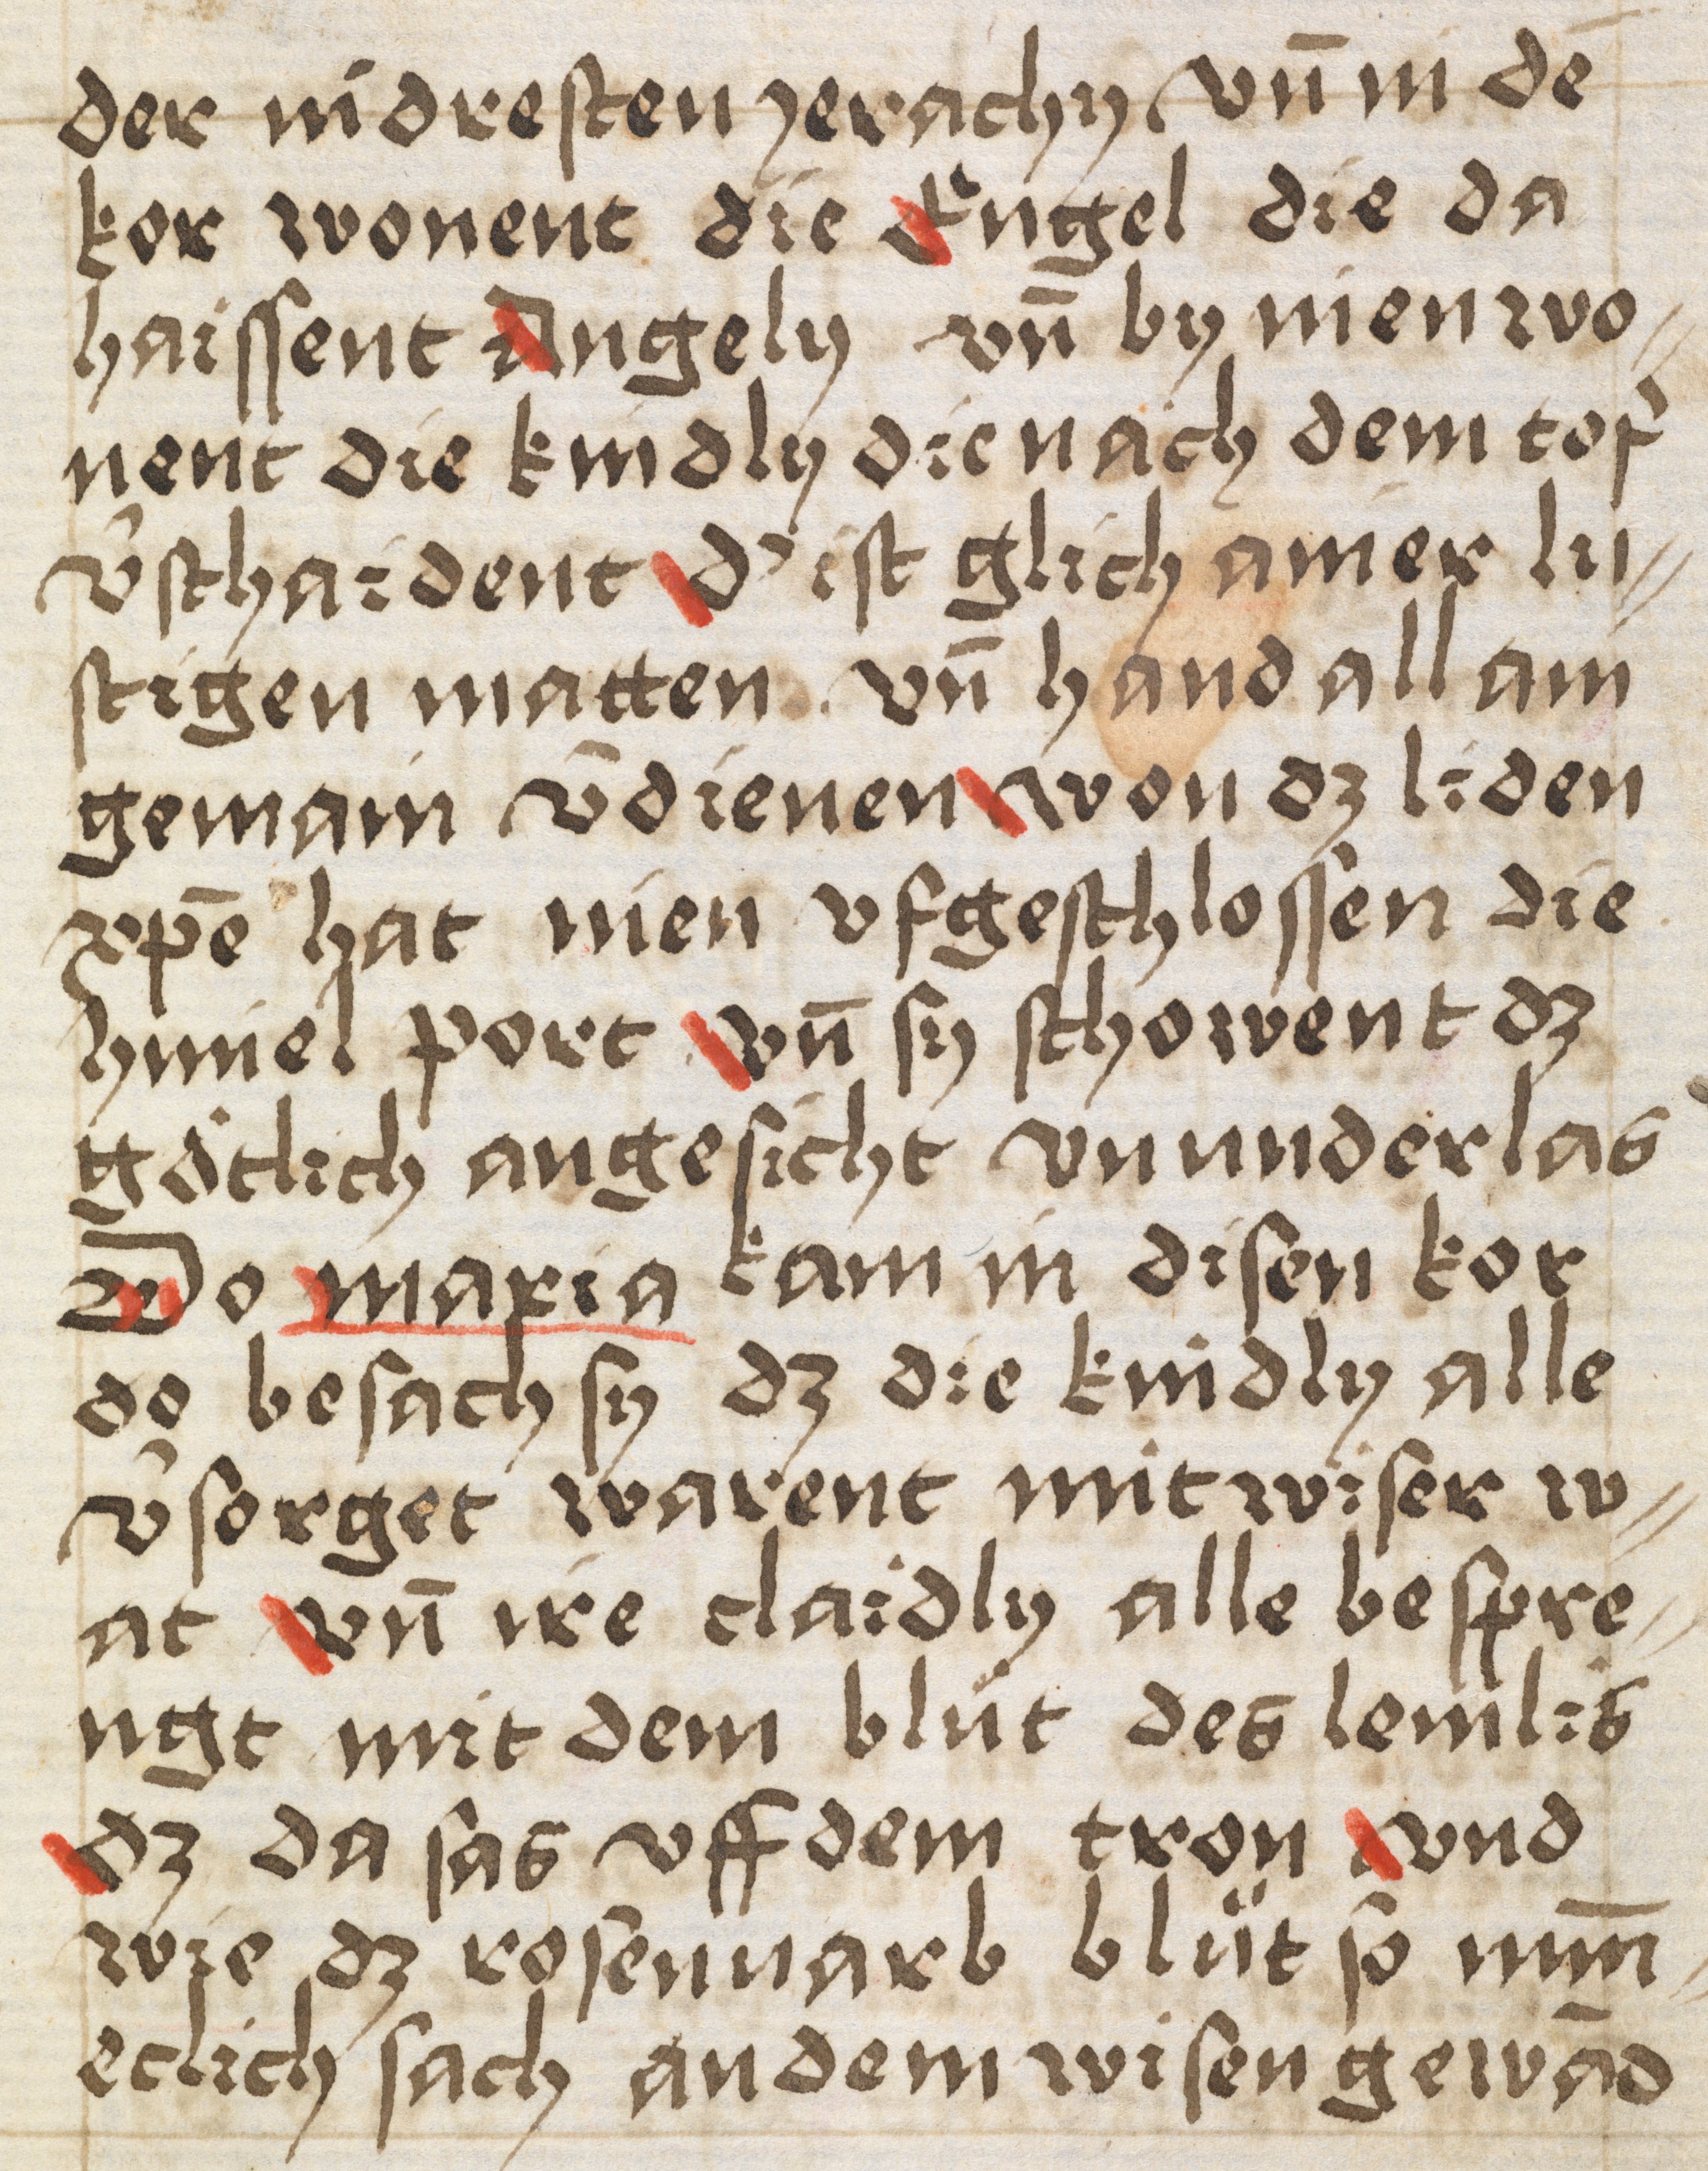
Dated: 1400–1499